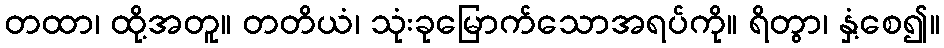
တထာ၊ ထို့အတူ။ တတိယံ၊ သုံးခုမြောက်သောအရပ်ကို။ ရိတွာ၊ နှံ့စေ၍။